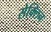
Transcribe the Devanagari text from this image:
सेक्लिन